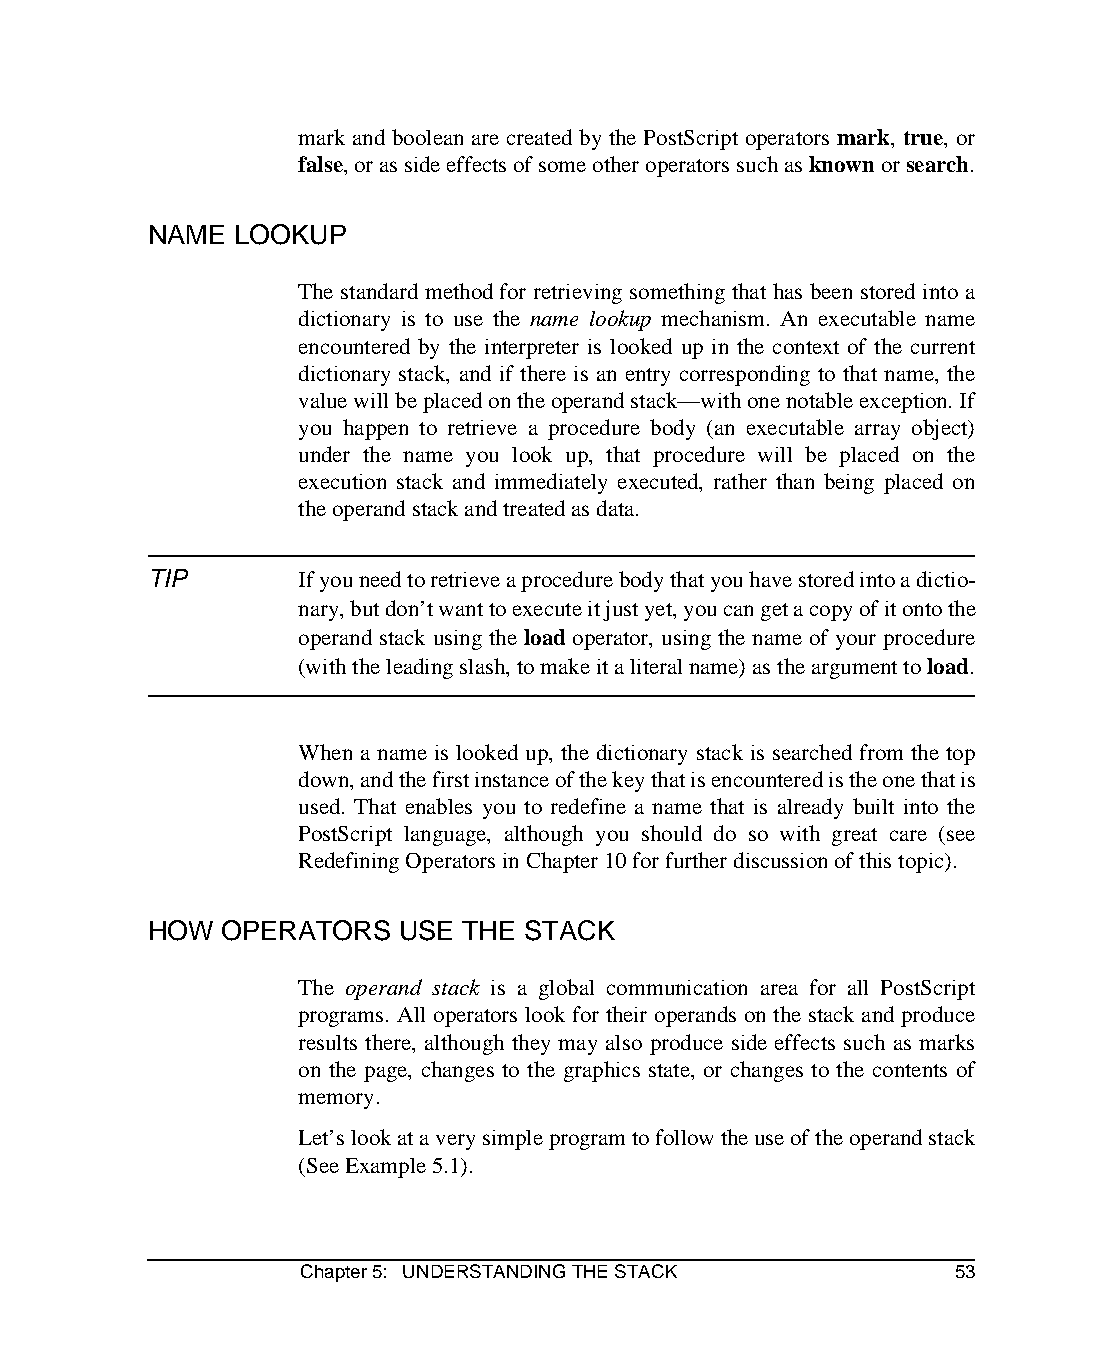
mark and boolean are created by the PostScript operators mark, true, or
 false, or as side effects of some other operators such as known or search.
 NAME  LOOKUP
 The standard method for retrieving something that has been stored into a
 dictionary is to use the name lookup mechanism. An executable name
 encountered by the interpreter is looked up in the context of the current
 dictionary stack, and if there is an entry corresponding to that name, the
 value will be placed on the operand stack—with one notable exception. If
 you happen to retrieve a procedure body (an executable array object)
 under the name you look up, that procedure will be placed on the
 execution stack and immediately executed, rather than being placed on
 the operand stack and treated as data.
 TIP       If you need to retrieve a procedure body that you have stored into a dictio-
 nary, but don’t want to execute it just yet, you can get a copy of it onto the
 operand stack using the load operator, using the name of your procedure
 (with the leading slash, to make it a literal name) as the argument to load.
 When a name is looked up, the dictionary stack is searched from the top
 down, and the first instance of the key that is encountered is the one that is
 used. That enables you to redefine a name that is already built into the
 PostScript language, although you should do so with great care (see
 Redefining Operators in Chapter 10 for further discussion of this topic).
 HOW  OPERATORS   USE THE STACK
 The operand stack is a global communication area for all PostScript
 programs. All operators look for their operands on the stack and produce
 results there, although they may also produce side effects such as marks
 on the page, changes to the graphics state, or changes to the contents of
 memory.
 Let’s look at a very simple program to follow the use of the operand stack
 (See Example 5.1).
 Chapter 5: UNDERSTANDING THE STACK         53